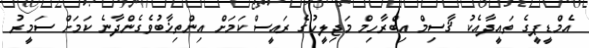
އެމްޑީޕީގެ ތައީދާއެކު ޤާސިމް އިބްރާހިމް މަޖިލީހުގެ ރައީސް ކަމަށް އިންތިޚާބުވެގެންދާނެ ކަމަށް ސަމީރު